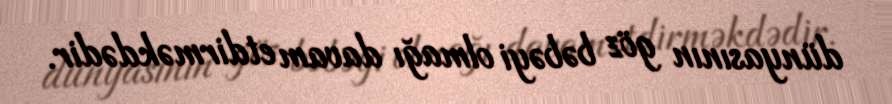
dünyasının göz bəbəyi olmağı davam etdirməkdədir.